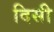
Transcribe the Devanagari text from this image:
दिसी